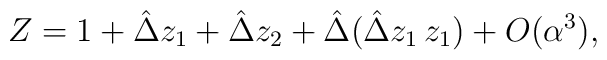
Z = 1+\hat\Delta z_1+\hat\Delta z_2+\hat\Delta(\hat\Delta z_1\, z_1)+O(\alpha^3),